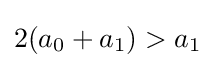
2(a_{0}+a_{1})>a_{1}